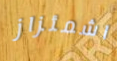
اشمئزاز